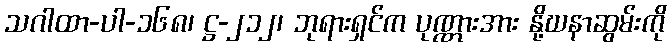
သဂါထာ-ပါ-၁၆၈၊ ဋ္ဌ-၂၁၂၊ ဘုရားရှင်က ပုဏ္ဏားအား နို့ဃနာဆွမ်းကို